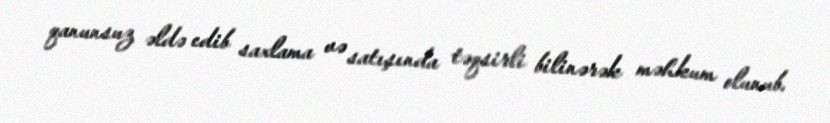
qanunsuz əldə edib saxlama və satışında təqsirli bilinərək məhkum olunub.